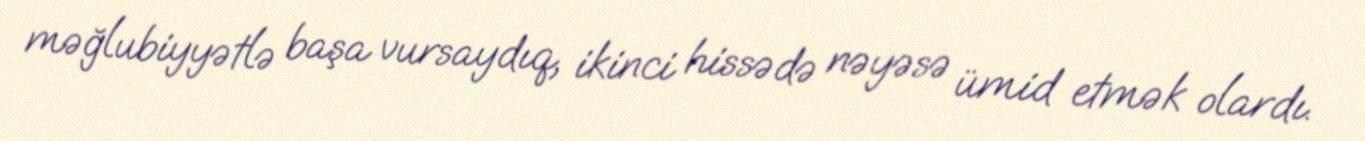
məğlubiyyətlə başa vursaydıq, ikinci hissədə nəyəsə ümid etmək olardı.